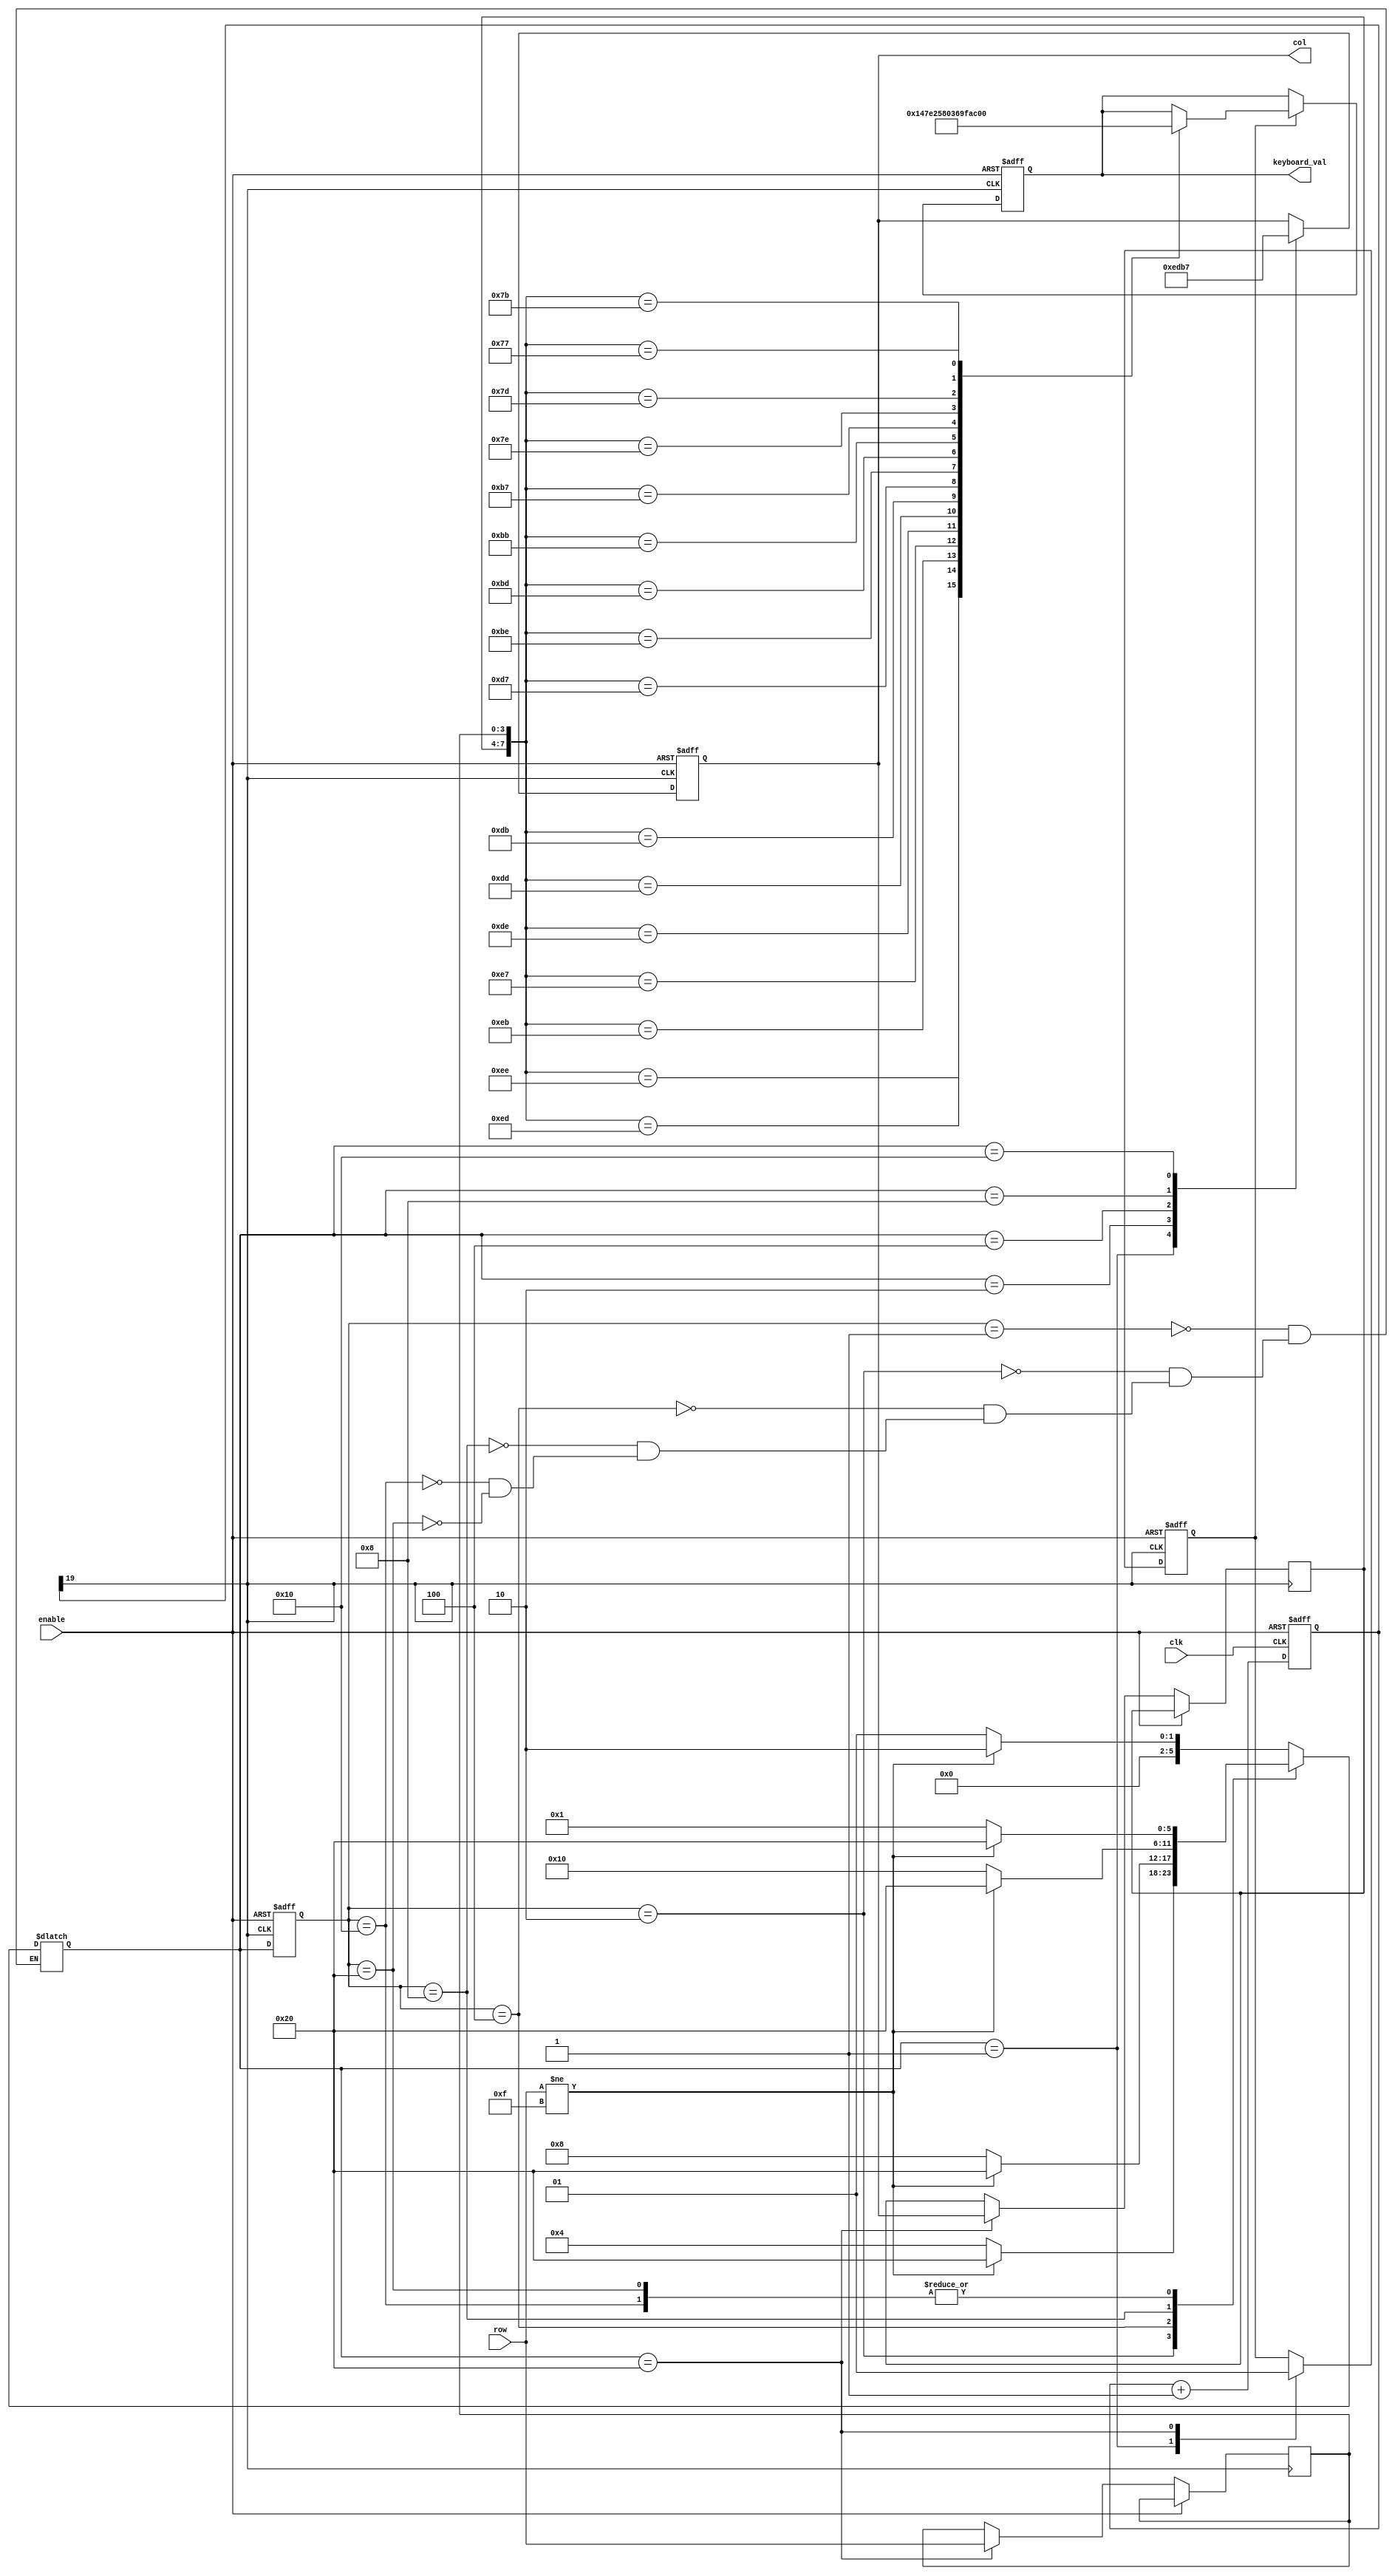
`timescale 1ns / 1ps

module key_top(
    input            clk,
    input            enable,              // 1led
    input      [3:0] row,                 //  
    output reg [3:0] col,                 //  
    // output     [7:0] seg_an,  
    // output reg [7:0] seg_out           // 
    output reg [3:0] keyboard_val         //
);
 
//++++++++++++++++++++++++++++++++++++++
//  
//++++++++++++++++++++++++++++++++++++++
reg [19:0] cnt;                         // 
wire key_clk;
 
always @ (posedge clk or posedge enable)
    if (enable)
        cnt <= 0;
    else
        cnt <= cnt + 1'b1;
    
assign key_clk = cnt[19];                // (2^20/50M = 21)ms 
//--------------------------------------
//  
//--------------------------------------
 
//++++++++++++++++++++++++++++++++++++++
//  
//++++++++++++++++++++++++++++++++++++++
// 
parameter NO_KEY_PRESSED = 6'b000_001;  //   
parameter SCAN_COL0      = 6'b000_010;  // 0 
parameter SCAN_COL1      = 6'b000_100;  // 1 
parameter SCAN_COL2      = 6'b001_000;  // 2 
parameter SCAN_COL3      = 6'b010_000;  // 3 
parameter KEY_PRESSED    = 6'b100_000;  // 

reg [5:0] currenablet_state, next_state;    // 
 
always @ (posedge key_clk or posedge enable)
    if (enable)
        currenablet_state <= NO_KEY_PRESSED;
    else
        currenablet_state <= next_state;
 
// 
always @ (*)
    case (currenablet_state)
        NO_KEY_PRESSED :                    // 
            if (row != 4'hF)
                next_state = SCAN_COL0;
            else
                next_state = NO_KEY_PRESSED;
        SCAN_COL0 :                         // 0 
            if (row != 4'hF)
                next_state = KEY_PRESSED;
            else
                next_state = SCAN_COL1;
        SCAN_COL1 :                         // 1 
            if (row != 4'hF)
                next_state = KEY_PRESSED;
            else
                next_state = SCAN_COL2;    
        SCAN_COL2 :                         // 2
            if (row != 4'hF)
                next_state = KEY_PRESSED;
            else
                next_state = SCAN_COL3;
        SCAN_COL3 :                         // 3
            if (row != 4'hF)
                next_state = KEY_PRESSED;
            else
                next_state = NO_KEY_PRESSED;
        KEY_PRESSED :                       // 
            if (row != 4'hF)
                next_state = KEY_PRESSED;
            else
                next_state = NO_KEY_PRESSED;                      
  endcase
 
reg       key_pressed_flag;             // 
reg [3:0] col_val, row_val;             // 
 
// 
always @ (posedge key_clk or posedge enable) begin
    if (enable) begin
        col              <= 4'h0;
        key_pressed_flag <=    0;
    end
    else
        case (next_state)
            NO_KEY_PRESSED :                    // 
            begin
                col              <= 4'h0;
                key_pressed_flag <=    0;       // 
            end
            SCAN_COL0 :        col <= 4'b1110;  // 0
            SCAN_COL1 :        col <= 4'b1101;  // 1
            SCAN_COL2 :        col <= 4'b1011;  // 2
            SCAN_COL3 :        col <= 4'b0111;  // 3
            KEY_PRESSED :                     // 
            begin
                col_val          <= col;        // 
                row_val          <= row;        // 
                key_pressed_flag <= 1;          //   
            end
        endcase
end
//--------------------------------------
//  
//--------------------------------------
 
 
//++++++++++++++++++++++++++++++++++++++
//  
//++++++++++++++++++++++++++++++++++++++
always @ (posedge key_clk or posedge enable)
    if (enable)
        keyboard_val <= 4'h0;
    else if (key_pressed_flag)
        case ({col_val, row_val})
            8'b1110_1110 : keyboard_val <= 4'h1;
            8'b1110_1101 : keyboard_val <= 4'h4;
            8'b1110_1011 : keyboard_val <= 4'h7;
            8'b1110_0111 : keyboard_val <= 4'hE;
         
            8'b1101_1110 : keyboard_val <= 4'h2;
            8'b1101_1101 : keyboard_val <= 4'h5;
            8'b1101_1011 : keyboard_val <= 4'h8;
            8'b1101_0111 : keyboard_val <= 4'h0;
         
            8'b1011_1110 : keyboard_val <= 4'h3;
            8'b1011_1101 : keyboard_val <= 4'h6;
            8'b1011_1011 : keyboard_val <= 4'h9;
            8'b1011_0111 : keyboard_val <= 4'hF;
         
            8'b0111_1110 : keyboard_val <= 4'hA; 
            8'b0111_1101 : keyboard_val <= 4'hB;
            8'b0111_1011 : keyboard_val <= 4'hC;
            8'b0111_0111 : keyboard_val <= 4'hD;        
        endcase
//--------------------------------------
//   
//--------------------------------------

//--------------------------------------
//  
//--------------------------------------
// assign seg_an = ~8'b11111111;//
// always @ (keyboard_val)
//     case (keyboard_val)
//         4'h0: seg_out = 8'b01000000; // 0
//         4'h1: seg_out = 8'b01111001; // 1
//         4'h2: seg_out = 8'b00100100; // 2
//         4'h3: seg_out = 8'b00110000; // 3
//         4'h4: seg_out = 8'b00011001; // 4
//         4'h5: seg_out = 8'b00010010; // 5
//         4'h6: seg_out = 8'b00000010; // 6
//         4'h7: seg_out = 8'b01111000; // 7
//         4'h8: seg_out = 8'b00000000; // 8
//         4'h9: seg_out = 8'b00010000; // 9
//         4'ha: seg_out = 8'b00001000; // A
//         4'hb: seg_out = 8'b00000011; // b
//         4'hc: seg_out = 8'b01000110; // c
//         4'hd: seg_out = 8'b00100001; // d
//         4'he: seg_out = 8'b00000110; // E
//         4'hf: seg_out = 8'b00001110; // F
//         default: seg_out = 8'b0000000;
//     endcase 

endmodule